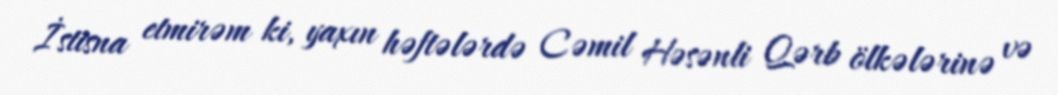
İstisna etmirəm ki, yaxın həftələrdə Cəmil Həsənli Qərb ölkələrinə və